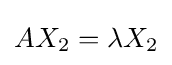
AX_{2}=\lambda X_{2}